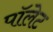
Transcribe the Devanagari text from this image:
पॉलेट